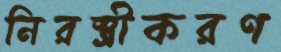
নিরস্ত্রীকরণ